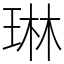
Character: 琳